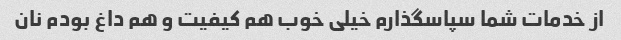
از خدمات شما سپاسگذارم خیلی خوب هم کیفیت و هم داغ بودم نان